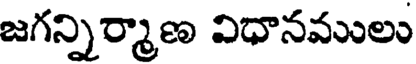
జగన్నిర్మాణ విధానములు